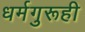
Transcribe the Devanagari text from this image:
धर्मगुरूही